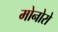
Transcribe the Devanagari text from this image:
मोनोरो